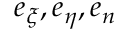
\boldsymbol e _ { \xi } , \boldsymbol e _ { \eta } , \boldsymbol e _ { n }